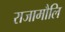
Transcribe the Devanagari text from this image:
राजामौलि